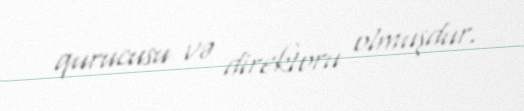
qurucusu və direktoru olmuşdur.